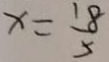
x = \frac { 1 8 } { 5 }